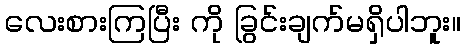
လေးစားကြပြီး ကို ခြွင်းချက်မရှိပါဘူး။